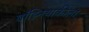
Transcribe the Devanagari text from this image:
वॉझ्नियाकीला